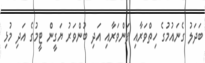
ބަދަލު ގެނައުމުގެ ހިތްވަރާއި ފަންވަރާއި އަދި ބުންވަރު ޔަގީން ޓީމުގެ އަދި މުޅި